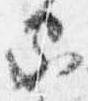
家